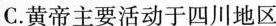
C.黄帝主要活动于四川地区